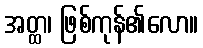
အတ္ထ၊ ဖြစ်ကုန်၏လော။